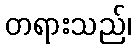
တရားသည်၊